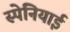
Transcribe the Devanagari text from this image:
स्‍पेनियाई